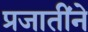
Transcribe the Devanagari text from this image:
प्रजातींने